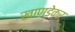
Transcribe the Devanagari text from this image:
खाण्डेकर